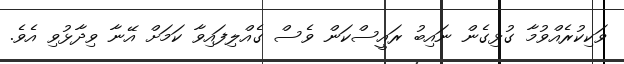
ވަކިކުރެއްވުމާ ގުޅިގެން ނައިބު ރައީސްކަން ވެސް ގެއްލިފައިވާ ކަމަށް އޭނާ ވިދާޅުވި އެވެ.